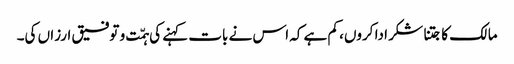
مالک کا جتنا شکر ادا کروں، کم ہے کہ اس نے بات کہنے کی ہمّت و توفیق ارزاں کی۔